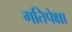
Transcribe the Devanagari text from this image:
गतिपेक्षा